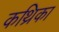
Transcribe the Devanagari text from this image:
कथ्रिका